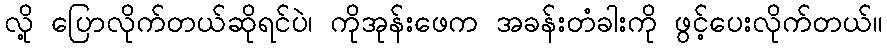
လို့ ပြောလိုက်တယ်ဆိုရင်ပဲ၊ ကိုအုန်းဖေက အခန်းတံခါးကို ဖွင့်ပေးလိုက်တယ်။